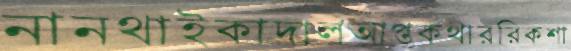
নানথাইকাদালআপ্তকথাররিকশা